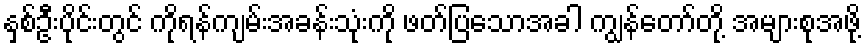
နှစ်ဦးပိုင်းတွင် ကိုရန်ကျမ်းအခန်းသုံးကို ဖတ်ပြသောအခါ ကျွန်တော်တို့ အများစုအဖို့